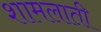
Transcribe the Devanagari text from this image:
शामलाती